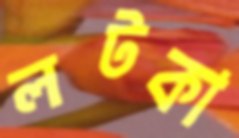
লটকা